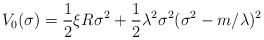
LaTeX: \begin{align*}V_0(\sigma )=\frac 12\xi R\sigma ^2+\frac 12\lambda ^2\sigma^2(\sigma ^2-m/\lambda )^2\end{align*}